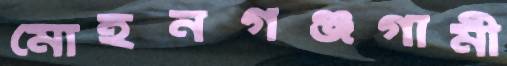
মোহনগঞ্জগামী